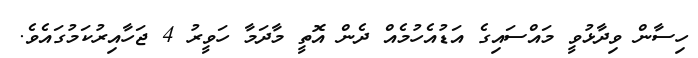
ހިސާން ވިދާޅުވީ މައްސައިގެ އަޑުއެހުމެއް ދެން އޮތީ މާދަމާ ހަވީރު 4 ޖަހާއިރުކަމުގައެވެ.